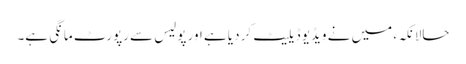
حالانکہ، میں نے ویڈیو ڈیلیٹ کر دیا ہے اور پولیس سے رپورٹ مانگی ہے۔